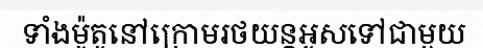
ទាំងម៉ូតូនៅក្រោមរថយន្តអូសទៅជាមួយ